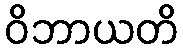
ဝိဘာယတိ